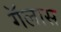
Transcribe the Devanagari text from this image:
गॅलास